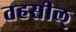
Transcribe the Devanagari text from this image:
तहसील्